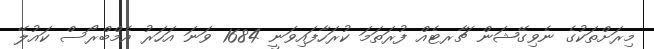
މިރަށްތަކުގެ ނެވިގޭޝަން ޗާރޓެއް ފުރަތަމަ ކުރަހާފައިވަނީ 1684 ވަނަ އަހަރު އެމްބްރޯސް ކައުލޭ